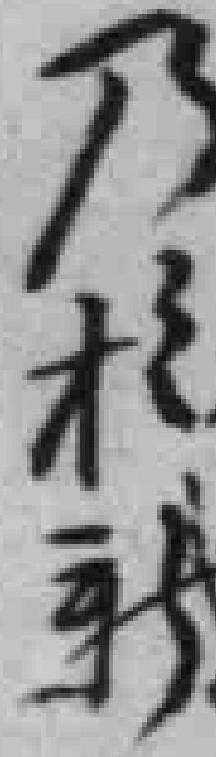
乃*新